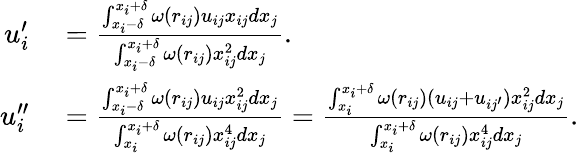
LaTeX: \begin{array}{rl}{u_{i}^{\prime}}&{{}=\frac{\int_{x_{i}-\delta}^{x_{i}+\delta}\omega(r_{ij})u_{ij}x_{ij}dx_{j}}{\int_{x_{i}-\delta}^{x_{i}+\delta}\omega(r_{ij})x_{ij}^{2}dx_{j}}.}\\ {u_{i}^{\prime\prime}}&{{}=\frac{\int_{x_{i}-\delta}^{x_{i}+\delta}\omega(r_{ij})u_{ij}x_{ij}^{2}dx_{j}}{\int_{x_{i}}^{x_{i}+\delta}\omega(r_{ij})x_{ij}^{4}dx_{j}}=\frac{\int_{x_{i}}^{x_{i}+\delta}\omega(r_{ij})(u_{ij}+u_{ij^{\prime}})x_{ij}^{2}dx_{j}}{\int_{x_{i}}^{x_{i}+\delta}\omega(r_{ij})x_{ij}^{4}dx_{j}}.}\end{array}